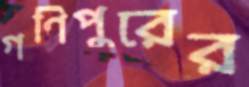
গণিপুরের